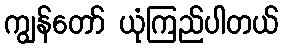
ကျွန်တော် ယုံကြည်ပါတယ်